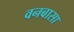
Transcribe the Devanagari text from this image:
वनबासा